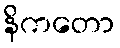
နိကတော